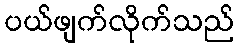
ပယ်ဖျက်လိုက်သည်